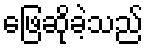
ဖြေဆိုခဲ့သည်